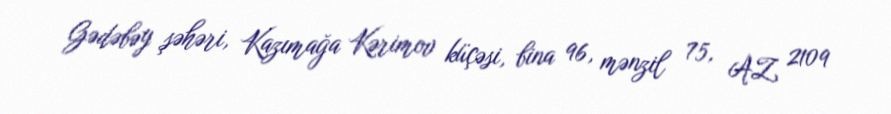
Gədəbəy şəhəri, Kazımağa Kərimov küçəsi, bina 96, mənzil 75, AZ 2109